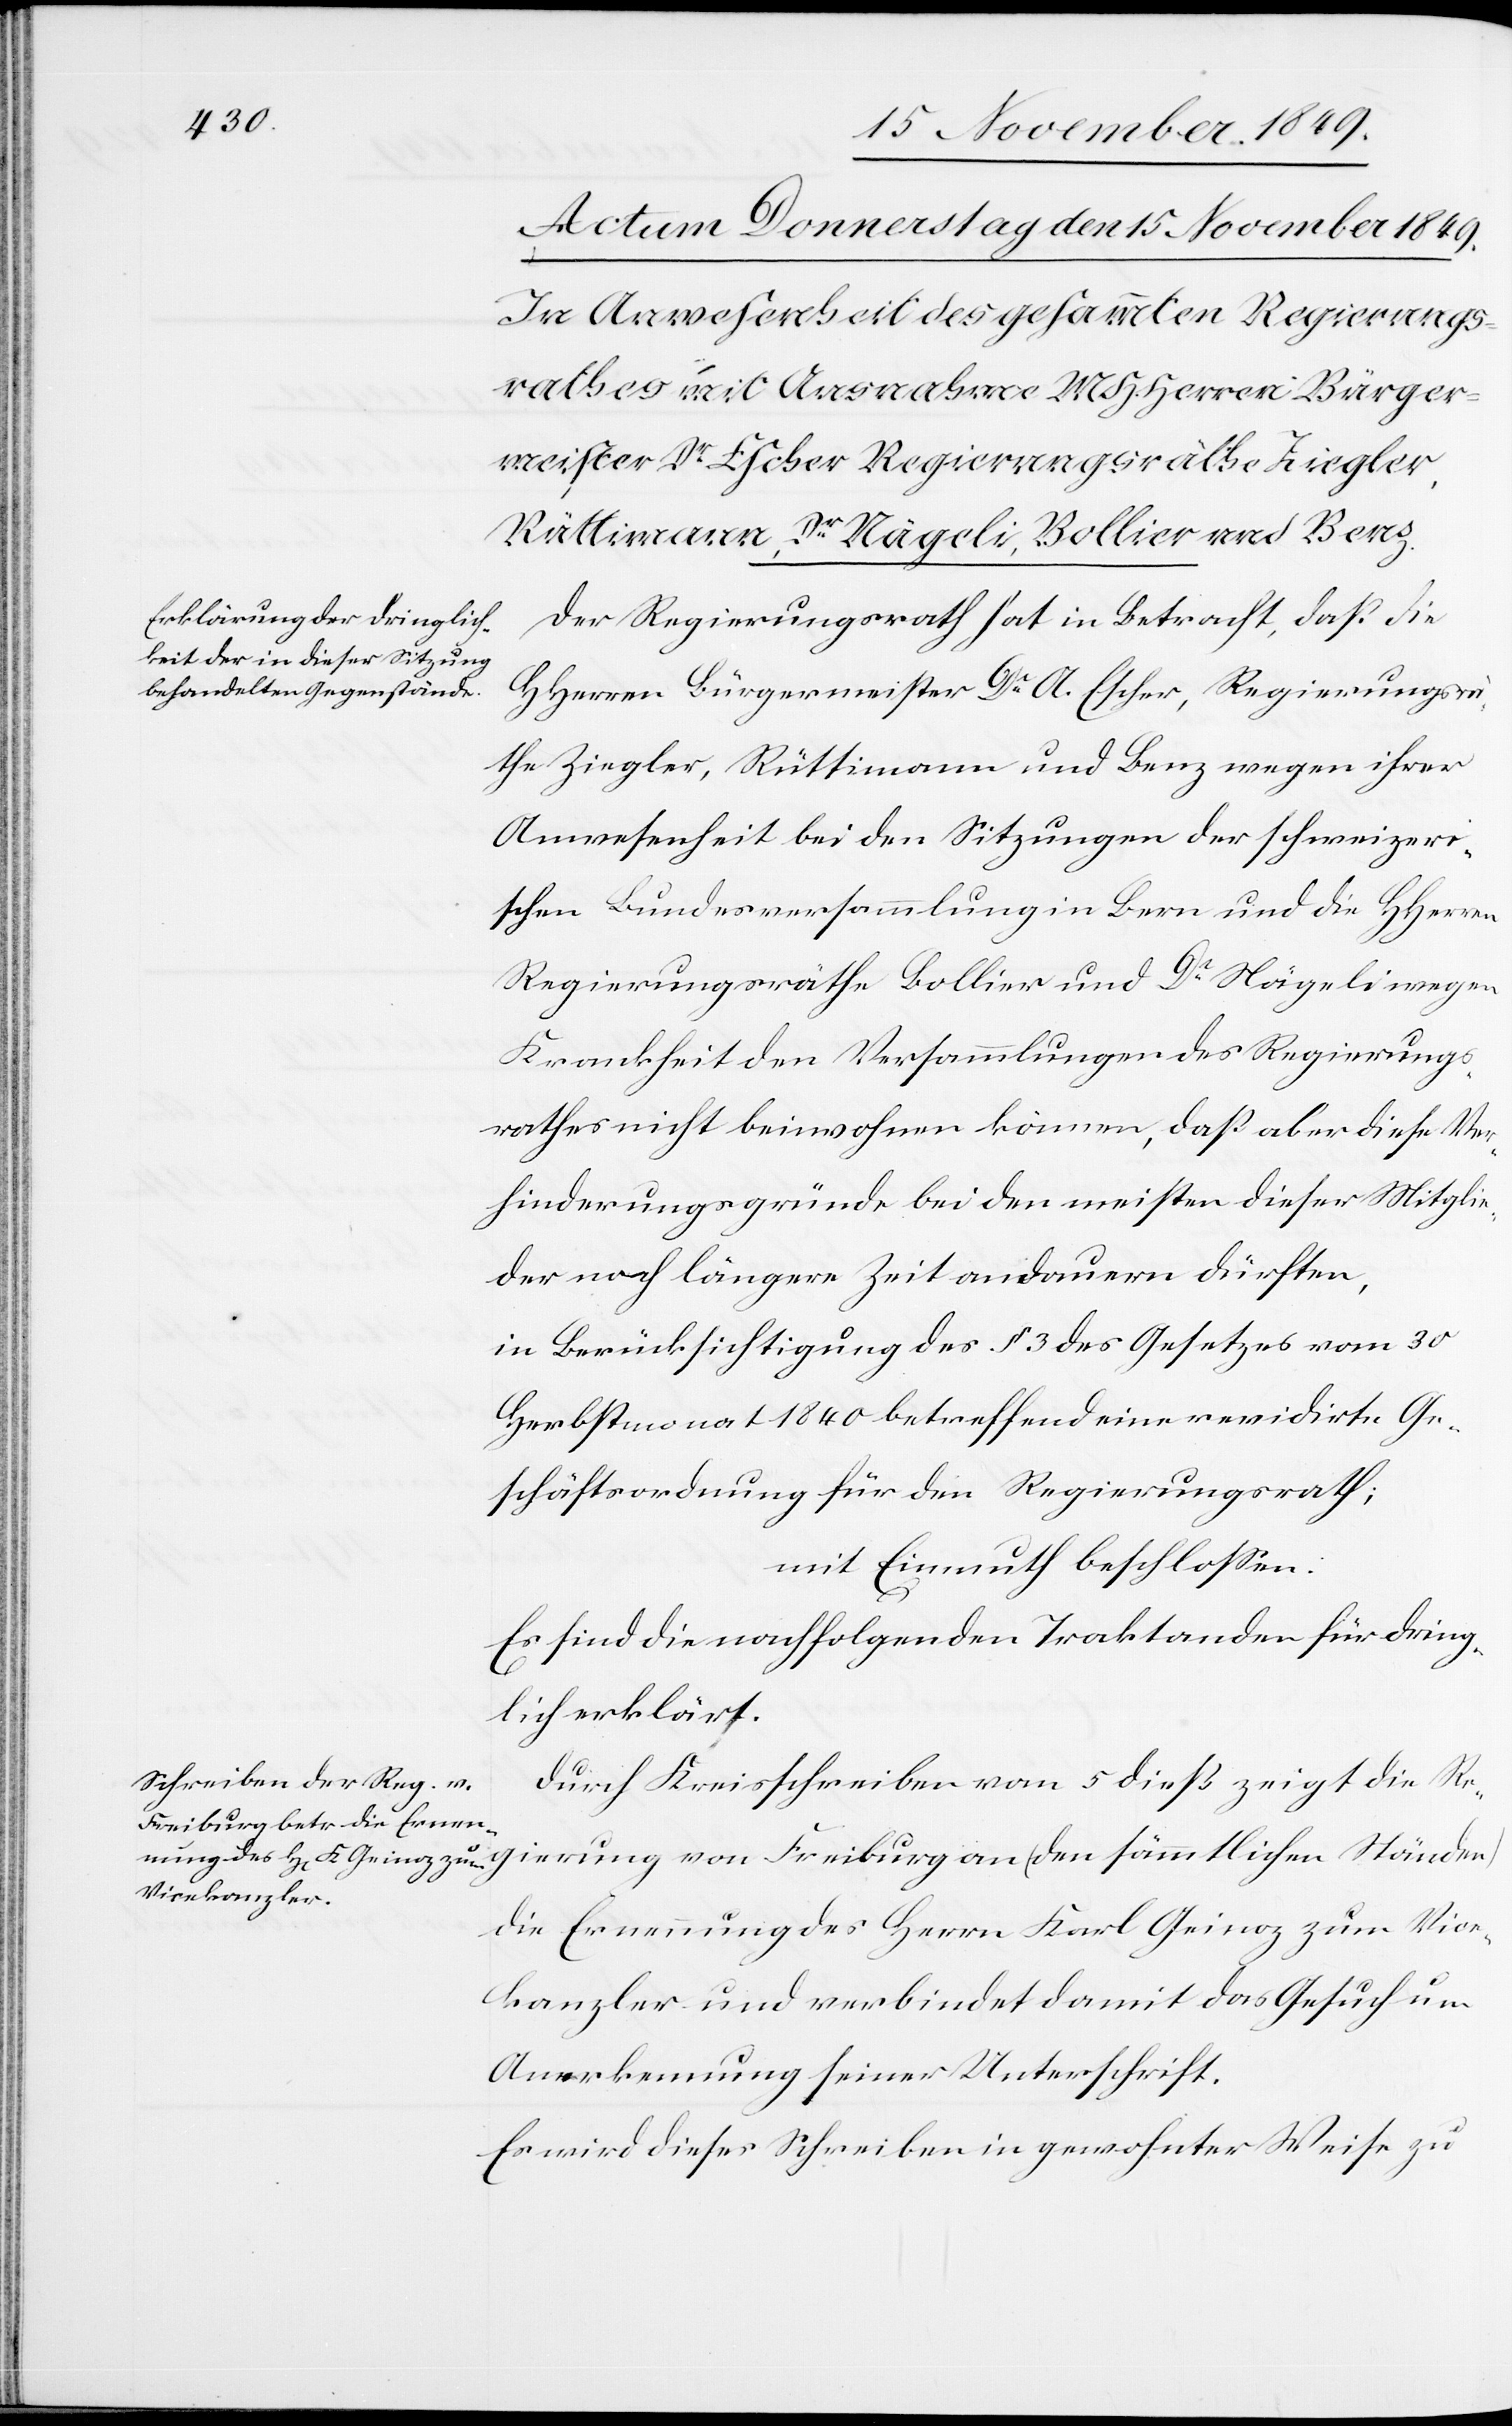
Der Regierungsrath hat in Betracht, daß die
HHerrn Bürgermeister Dr A. Escher, Regierungsrä¬
the Ziegler, Rüttimann und Benz wegen ihrer
Anwesenheit bei den Sitzungen der schweizeri¬
schen Bundesversammlungen in Bern und die HHerrn
Regierungsräthe Bollier und Dr Nägeli wegen
Krankheit den Versammlungen des Regierungs¬
rathes nicht beiwohnen können, daß aber diese Ver¬
hinderungsgründe bei den meisten dieser Mitglie¬
der noch längere Zeit andauern dürften,
in Berücksichtigung des § 3 des Gesetzes vom 30
Herbstmonat 1840 betreffend eine revidirte Ge¬
schäftsordnung für den Regierungsrath;
mit Einmuth beschloßen:
Es sind die nachfolgenden Traktanden für dring¬
ung
lich erklärt.
Durch Kreisschreiben vom 5 dieß zeigt die Regier¬
die Ernennung des Herrn Karl Geinoz zum Vice¬
kanzler und verbindet damit das Gesuch um
Anerkennung seiner Unterschrift.
Es wird dieses Schreiben in gewohnter Weise zu